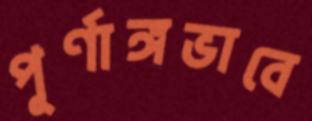
পূর্ণাঙ্গভাবে